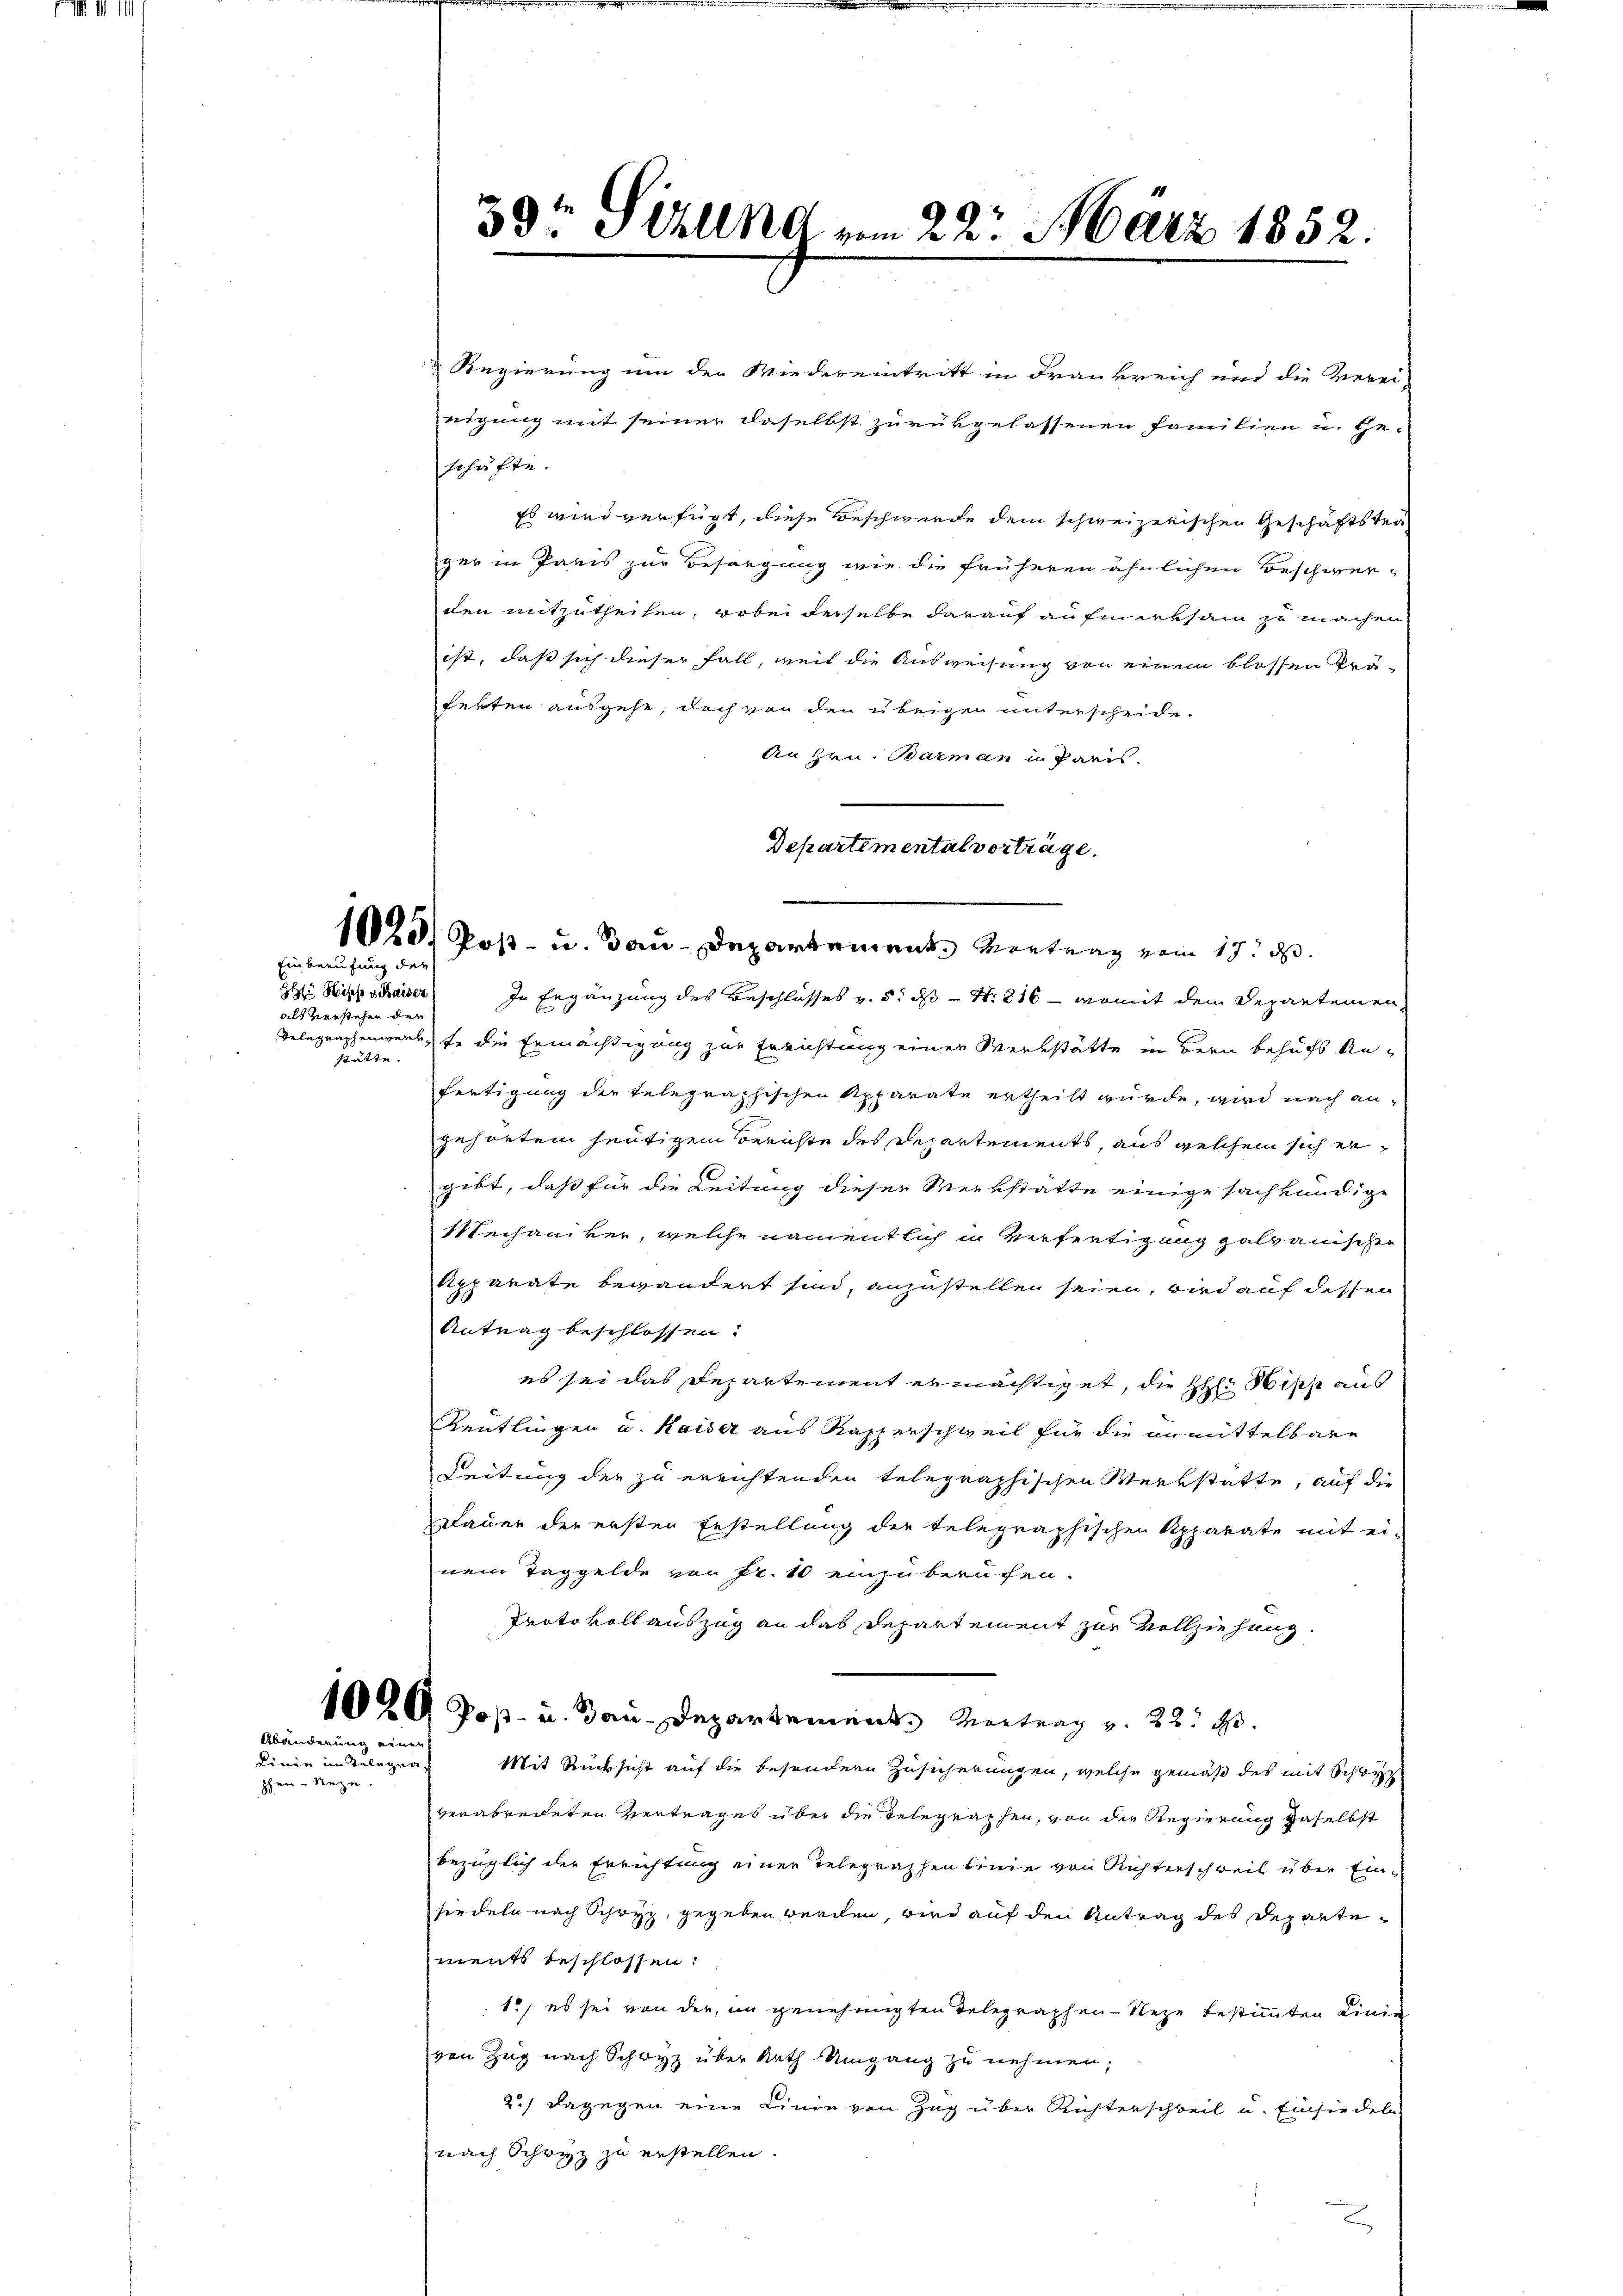
Einberufung der

Ite Wisse seraiser
als Vorstehen der
stätte.

Abänderung eine

Linie im Telegra
phen Bezu

33r Sihlnd vom 22. März 1852.

Regierung um der Wiedereintritt in Frankreich und die Verei-
eigung mit seiner daselbst zurükgelassenen Familien u. Ge-
schäfte.
Es wird verfügt, diese Beschwerde dem schweizerischen Geschäftster
ger in Paris zur Besorgung wie die früheren ähnlichen Beschwer-
den mitzutheilen, wobei derselbe darauf aufmerksam zu machen
ist, daß sich dieser Fall, weil die Ausweisung von einem blossen Präferten ausgehe, doch von den übrigen unterscheide.
An Hrn. Barman in Paris.
In Ergänzung des Beschlusses v. 5. ds N. 816 - womit dem Departemen
Telegraphenwerk, fo die Ermächtigung zur Errichtung einer Werkstätte in Bern behufs Anfertigung der telegraphischen Apparate ertheilt wurde, wird nach angehörten heutigem Berichte des Repartements, aus welchem sich ergibt, daß für die Leitung dieser Werkstätte einige sachkundige
Mechaniker, welche namentlich in Verfertigung galvanischen
Apparate bewandert sind, anzustellen seien, wird auf dessen
Antrag beschlossen.
es sei das Departement ermächtiget, die H: Wisse aus
Reutlingen u. Kaiser aus Kapperschweil für die anmittelbare
Leitung der zu errichtenden telegraphischen Werkstätte, auf die
Dauer der ersten Erstellung der telegraphischen Apparate mit ei-
nem Taggelde von Fr. 10 einzuberufen.
Protokoll auszug an das Departement zur Vollziehung
1029 Poß- u. Bau-Departement. Vertrag v. 22. d.
Mit Rücksicht auf die besondern Zusicherungen, welche gemäß des mit Schwyz
verabreiteten Zentrages über die Telegraphen, von die Regierung geselbst
bezüglich der Errichtung einer Telegraphenlinie von Richterschweil über Einsiedeln nach Schwyz, gegeben werden, wird auf den Antrag des Departeurents beschlossen:
1., es sei von der, in genehmigten Telegraphen - Neze bestimmten Linie
von Zug nach Schwyz über Arth Umgang zu nehmen;
2.) Dagegen eine Linie von Zug über Richterschweil u. Einsiedeln
nach Schwyz zu erstellen.

Departemental vorträge.
1029, Post- u. Bau-Departement. Vortung vom 17. d.